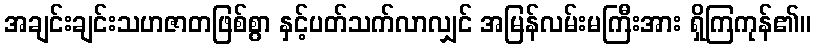
အချင်းချင်းသဟဇာတဖြစ်စွာ နှင့်ပတ်သက်လာလျှင် အမြန်လမ်းမကြီးအား ရှိကြကုန်၏။